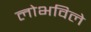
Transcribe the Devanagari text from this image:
लोभविले